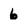
Character: 6